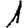
Digit: 1